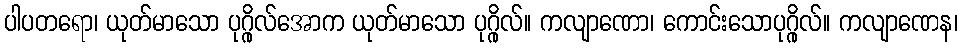
ပါပတရော၊ ယုတ်မာသော ပုဂ္ဂိုလ်အောက ယုတ်မာသော ပုဂ္ဂိုလ်။ ကလျာဏော၊ ကောင်းသောပုဂ္ဂိုလ်။ ကလျာဏေန၊